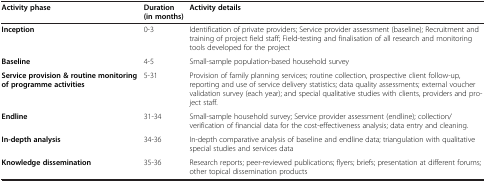
| Activity phase | Duration (in months) | Activity details |
 | --- | --- | --- |
 | Inception | 0-3 | Identification of private providers; Service provider assessment (baseline); Recruitment and training of project field staff; Field-testing and finalisation of all research and monitoring tools developed for the project |
 | Baseline | 4-5 | Small-sample population-based household survey |
 | Service provision & routine monitoring of programme activities | 5-31 | Provision of family planning services; routine collection, prospective client follow-up, reporting and use of service delivery statistics; data quality assessments; external voucher validation survey (each year); and special qualitative studies with clients, providers and project staff. |
 | Endline | 31-34 | Small-sample household survey; Service provider assessment (endline); collection/verification of financial data for the cost-effectiveness analysis; data entry and cleaning. |
 | In-depth analysis | 34-36 | In-depth comparative analysis of baseline and endline data; triangulation with qualitative special studies and services data |
 | Knowledge dissemination | 35-36 | Research reports; peer-reviewed publications; flyers; briefs; presentation at different forums; other topical dissemination products |